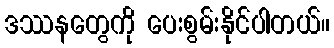
ဒဿနတွေကို ပေးစွမ်းနိုင်ပါတယ်။